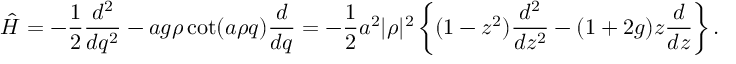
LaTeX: \hat { \cal H } = - { \frac { 1 } { 2 } } { \frac { d ^ { 2 } } { d q ^ { 2 } } } - a g \rho \cot ( a \rho q ) { \frac { d } { d q } } = - { \frac { 1 } { 2 } } a ^ { 2 } | \rho | ^ { 2 } \left\{ ( 1 - z ^ { 2 } ) { \frac { d ^ { 2 } } { d z ^ { 2 } } } - ( 1 + 2 g ) z { \frac { d } { d z } } \right\} .